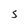
Character: S